Vaccine operations Central Provinces 1900-1911 - 1900-1911
Year: 1900
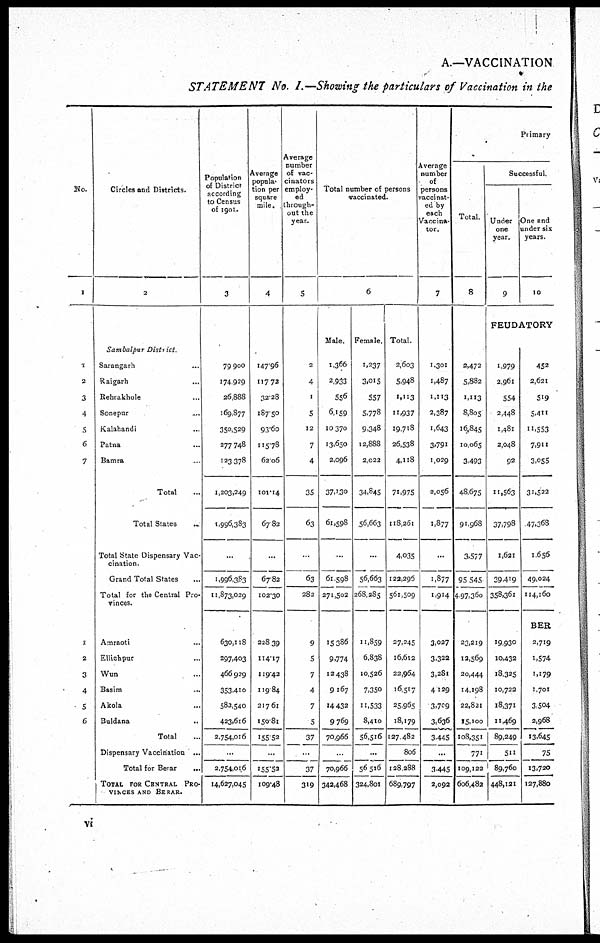
A.—VACCINATION
STATEMENT No. 1.—Showing the particulars of Vaccination in the
No.
1
1
2
3
4
5
6
7
1
2
3
4
5
6
Circles and Districts.
2
Sambalpur
District
Sarangarh ...
Raigarh ...
Rehrakhole ...
Sonepur ...
Kalahandi ...
Patna ...
Bamra ...
Total ...
Total States ...
Total State Dispensary Vac-
cination.
Grand Total States ...
Total for the Central Pro¬
vinces.
Amraoti ...
Ellichpur ...
Wun ...
Basim ...
Akola ...
Buldana
...
Total ...
Dispensary Vaccination ...
Total for Berar
...
TOTAL FOR CENTRAL PRO¬
VINCES AND BERAR
...
Population
of District
according
to Census
of 1901.
3
79,900
174,929
26,888
169,877
350,529
277,748
123,378
1,203,249
1,996,383
...
1,996,383
11,873,029
630,118
297,403
466,929
353,410
583,540
423,616
2,754,016
...
2,754,016
14,627,045
Average
popula¬
tion per
square
mile.
4
147.96
117.72
32.28
187.50
93.60
115.78
62.06
101.14
67.82
...
67.82
102.30
228.39
114.17
119.42
119.84
217.61
150.81
155.52
...
155.53
109.48
Average
number
of vac-
cinators
employ
ed
through-
out the
year.
5
2
4
1
5
12
7
4
35
63
...
63
282
9
5
7
4
7
5
37
...
37
319
Total number of persons
vaccinated.
6
Male.
1,366
2,933
556
6,159
10,370
13,650
2,096
37,130
61,598
...
61,598
271,502
15,386
9,774
12,438
9,167
14,432
9,769
70,966
...
70,966
342,468
Female.
1,237
3,015
557
5,778
9,348
12,888
2,022
34,845
56,663
...
56,663
268,285
11,859
6,838
10,526
7,350
11,533
8,410
56,516
...
56,516
324,801
Total.
2,603
5,948
1,113
11,937
19,718
26,538
4,118
71,975
118,261
4,035
122,296
561,509
27,245
16,612
22,964
16,517
25,965
18,179
127,482
806
128,288
689,797
Average
number
of
persons
vaccinat¬
ed by
each
Vaccina-
tor.
7
1,301
1,487
1,113
2,387
1,643
3,791
1,029
2,056
1,877
...
1,877
1,914
3,027
3,322
3,281
4,129
3,709
3,636
3,445
...
3,445
2,092
Primary
Total.
8
2,472
5,882
1,113
8,805
16,845
10,065
3,493
48,675
91,968
3,577
95,545
497,360
23,219
12,569
20,444
14,198
22,821
I5,100
108,351
771
109,122
606,482
Successful.
Under
one
year.
9
One and
under six
years.
10
FEUDATORY
1,979
2,961
554
2,448
1,481
2,048
92
11,563
37,798
1,621
39,419
358,361
452
2,621
519
5,411
11,553
7,911
3,055
31,522
47,368
1,656
49,024
114,160
BER
19,930
10,432
18,325
10,722
18,371
11,469
89,249
511
89,760
448,121
2,719
1,574
1,179
1,701
3,504
2,968
13,645
75
13,720
127,880
vi